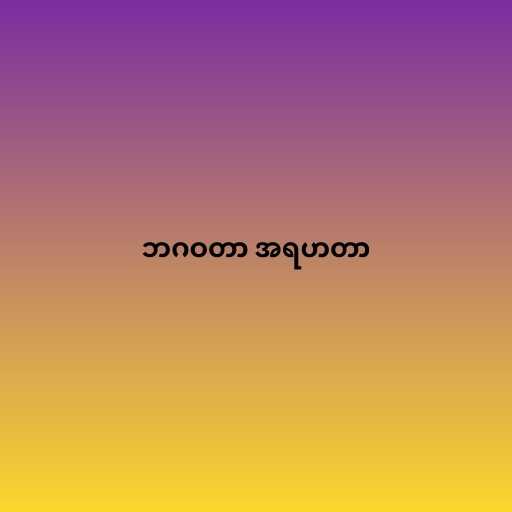
ဘဂဝတာ အရဟတာ